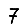
Digit: 7